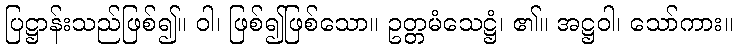
ပြဋ္ဌာန်းသည်ဖြစ်၍။ ဝါ၊ ဖြစ်၍ဖြစ်သော။ ဥတ္တမံသေဋ္ဌံ၊ ၏။ အဋ္ဌဝါ၊ သော်ကား။